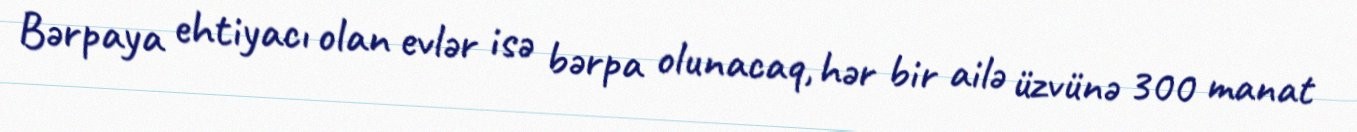
Bərpaya ehtiyacı olan evlər isə bərpa olunacaq, hər bir ailə üzvünə 300 manat